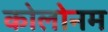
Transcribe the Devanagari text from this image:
कोलोनम